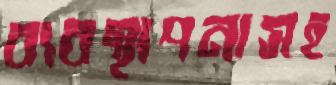
ব্যবস্থাপনাসহ